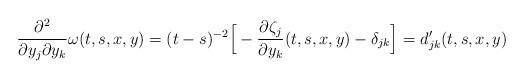
LaTeX: \begin{align*}\frac{\partial^2}{\partial y_j\partial y_k}\omega(t,s,x,y)=(t-s)^{-2}\Big[-\frac{\partial \zeta_j}{\partial y_k}(t,s,x,y)-\delta_{jk}\Big]=d'_{jk}(t,s,x,y)\end{align*}